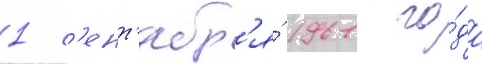
1 с'ент'ябр'я́ 1961 го́да